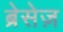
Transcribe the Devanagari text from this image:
ब्रेसेज़